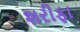
શરીફા